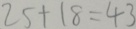
2 5 + 1 8 = 4 3